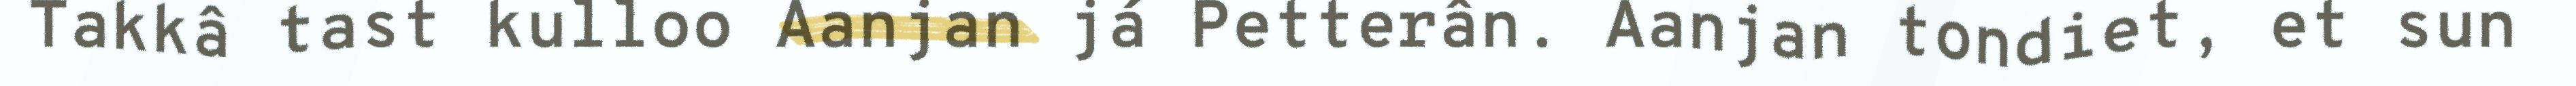
Takkâ tast kulloo Aanjan já Petterân. Aanjan tondiet, et sun